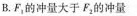
B.F_{1}的冲量大于F_{1}的冲量